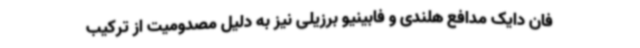
فان دایک مدافع هلندی و فابینیو برزیلی نیز به دلیل مصدومیت از ترکیب